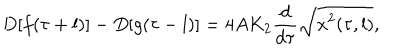
LaTeX: D [ f ( \tau + l ) ] - D [ g ( \tau - l ) ] = 4 A K _ { 2 } \frac { d } { d \tau } \sqrt { \dot { x } ^ { 2 } ( \tau , l ) } ,